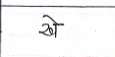
मजकूर: खे